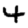
Digit: 4